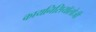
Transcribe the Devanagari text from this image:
कायनिसियॉलोजी